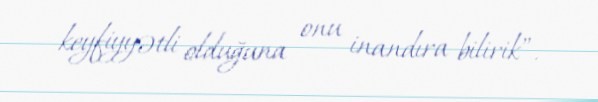
keyfiyyətli olduğuna onu inandıra bilirik”.